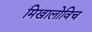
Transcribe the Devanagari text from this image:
मिखालोविच